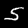
Label: 5